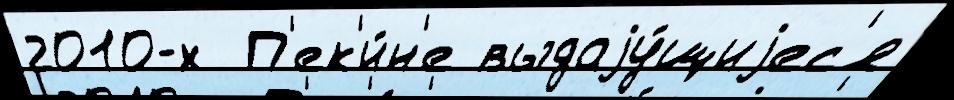
2010-х  П'ек'и́н'е выдаjу́щиjес'я